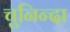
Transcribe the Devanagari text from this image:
चुनिन्‍दा